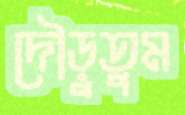
দৌড়ুতুম